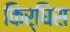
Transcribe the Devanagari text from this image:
किर्घिस